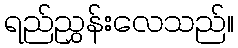
ရည်ညွှန်းလေသည်။